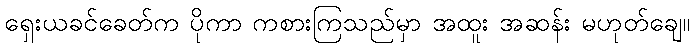
ရှေးယခင်ခေတ်က ပိုကာ ကစားကြသည်မှာ အထူး အဆန်း မဟုတ်ချေ။